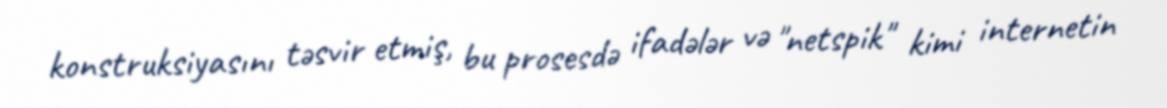
konstruksiyasını təsvir etmiş, bu prosesdə ifadələr və "netspik" kimi internetin